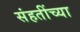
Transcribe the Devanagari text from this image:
संहतींच्या